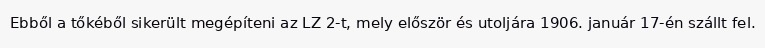
Ebből a tőkéből sikerült megépíteni az LZ 2-t, mely először és utoljára 1906. január 17-én szállt fel.